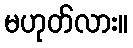
မဟုတ်လား။